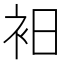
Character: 衵